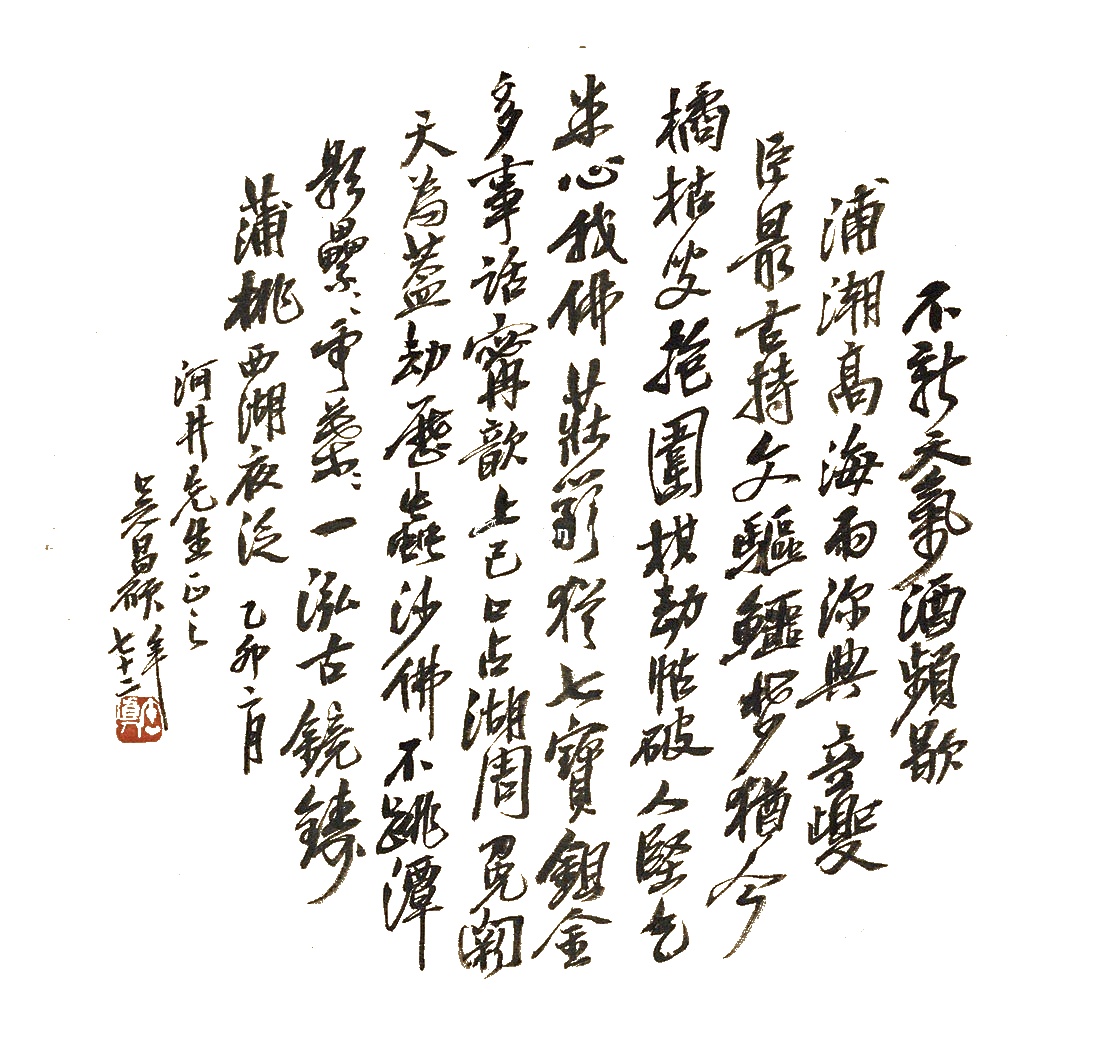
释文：不新天气酒频歇，浦潮高海雨沵典。立䕫臣最古，持文驱鳄梦。犹今橘枯叟抱围，棋劫枯破人坚气，朱心我佛庄穷犹七宝，鉏金多事话寜歆上已口占湖周冕，鞠天为盖劫历虫，沙佛不跳潭影垒，重叶一泓古镜铸。蒲桃西湖夜泛。乙卯二月，河井先生正之。吴昌硕年七十二。